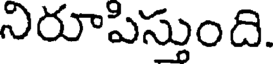
నిరూపిస్తుంది.